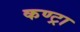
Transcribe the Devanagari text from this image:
कण्ट्रा